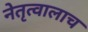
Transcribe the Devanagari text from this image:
नेतृत्वालाच